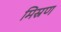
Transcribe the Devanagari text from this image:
मिस्रण